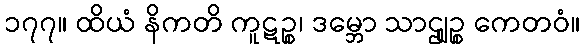
၁၇၇။ ထိယံ နိကတိ ကူဋဉ္စ၊ ဒမ္ဘော သာဌျဉ္စ ကေတဝံ။